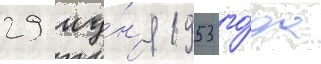
29 иу́н'я 1953 го́да